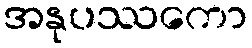
အနုပဿကော